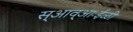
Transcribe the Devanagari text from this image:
स्आव्आःईळी